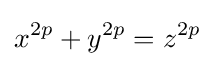
x^{2p}+y^{2p}=z^{2p}